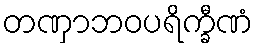
တဏှာဘဝပရိက္ခီဏံ